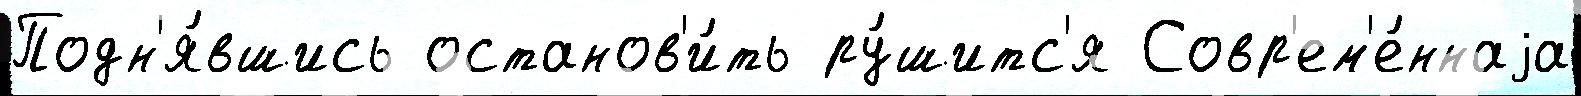
Подн'я́вшись останов'и́ть ру́шитс'я Совр'ем'е́ннаjа